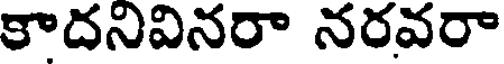
కాదనివినరా నరవరా